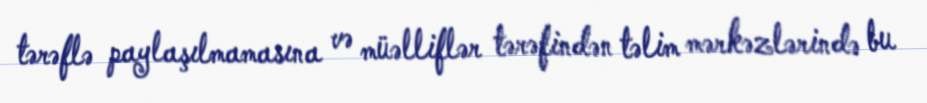
tərəflə paylaşılmamasına və müəlliflər tərəfindən təlim mərkəzlərində bu